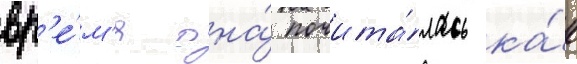
вр'е́м'я она́ почита́лась ка́к